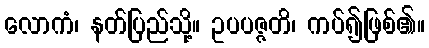
လောကံ၊ နတ်ပြည်သို့။ ဥပပဇ္ဇတိ၊ ကပ်၍ဖြစ်၏။